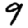
Digit: 9